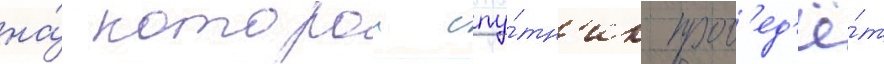
на́ которои спу́тн'ик пров'ед'ё́т